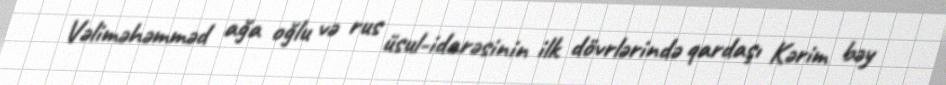
Vəliməhəmməd ağa oğlu və rus üsul-idarəsinin ilk dövrlərində qardaşı Kərim bəy